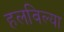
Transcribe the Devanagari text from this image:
हलविल्या